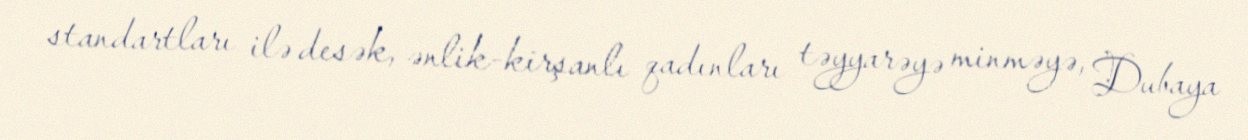
standartları ilə desək, ənlik-kirşanlı qadınları təyyarəyə minməyə, Dubaya